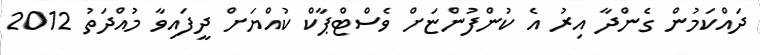
ދައްކަމުން ގެންދާ އިރު އެ ކުންފުންޏަށް ވެސްޓްޕާކް ކުއްޔަށް ދީފައިވާ މުއްދަތު 2012